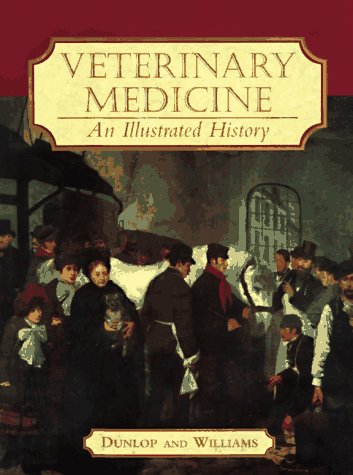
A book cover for Veterinary Medicine: An Illustrated History; Robert H Dunlop; Medical Books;